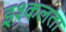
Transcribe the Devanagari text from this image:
इश्कलता